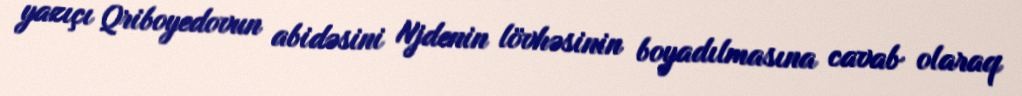
yazıçı Qriboyedovun abidəsini Njdenin lövhəsinin boyadılmasına cavab olaraq